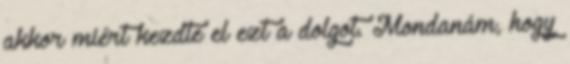
akkor miért kezdte el ezt a dolgot. Mondanám, hogy